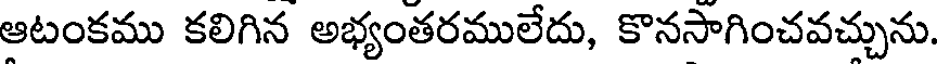
ఆటంకము కలిగిన అభ్యంతరములేదు, కొనసాగించవచ్చును.